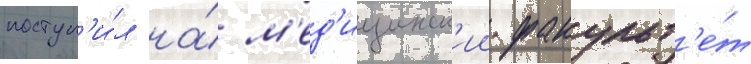
поступ'и́л на́ м'ед'ицинск'ии факульт'е́т